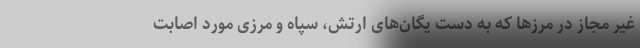
غیر مجاز در مرزها که به دست یگان‌های ارتش، سپاه و مرزی مورد اصابت